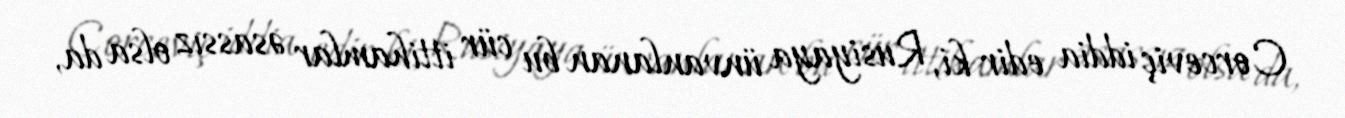
Corceviç iddia edir ki, Rusiyaya ünvanlanan bu cür ittihamlar əsassız olsa da,